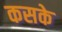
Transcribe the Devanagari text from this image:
कसके